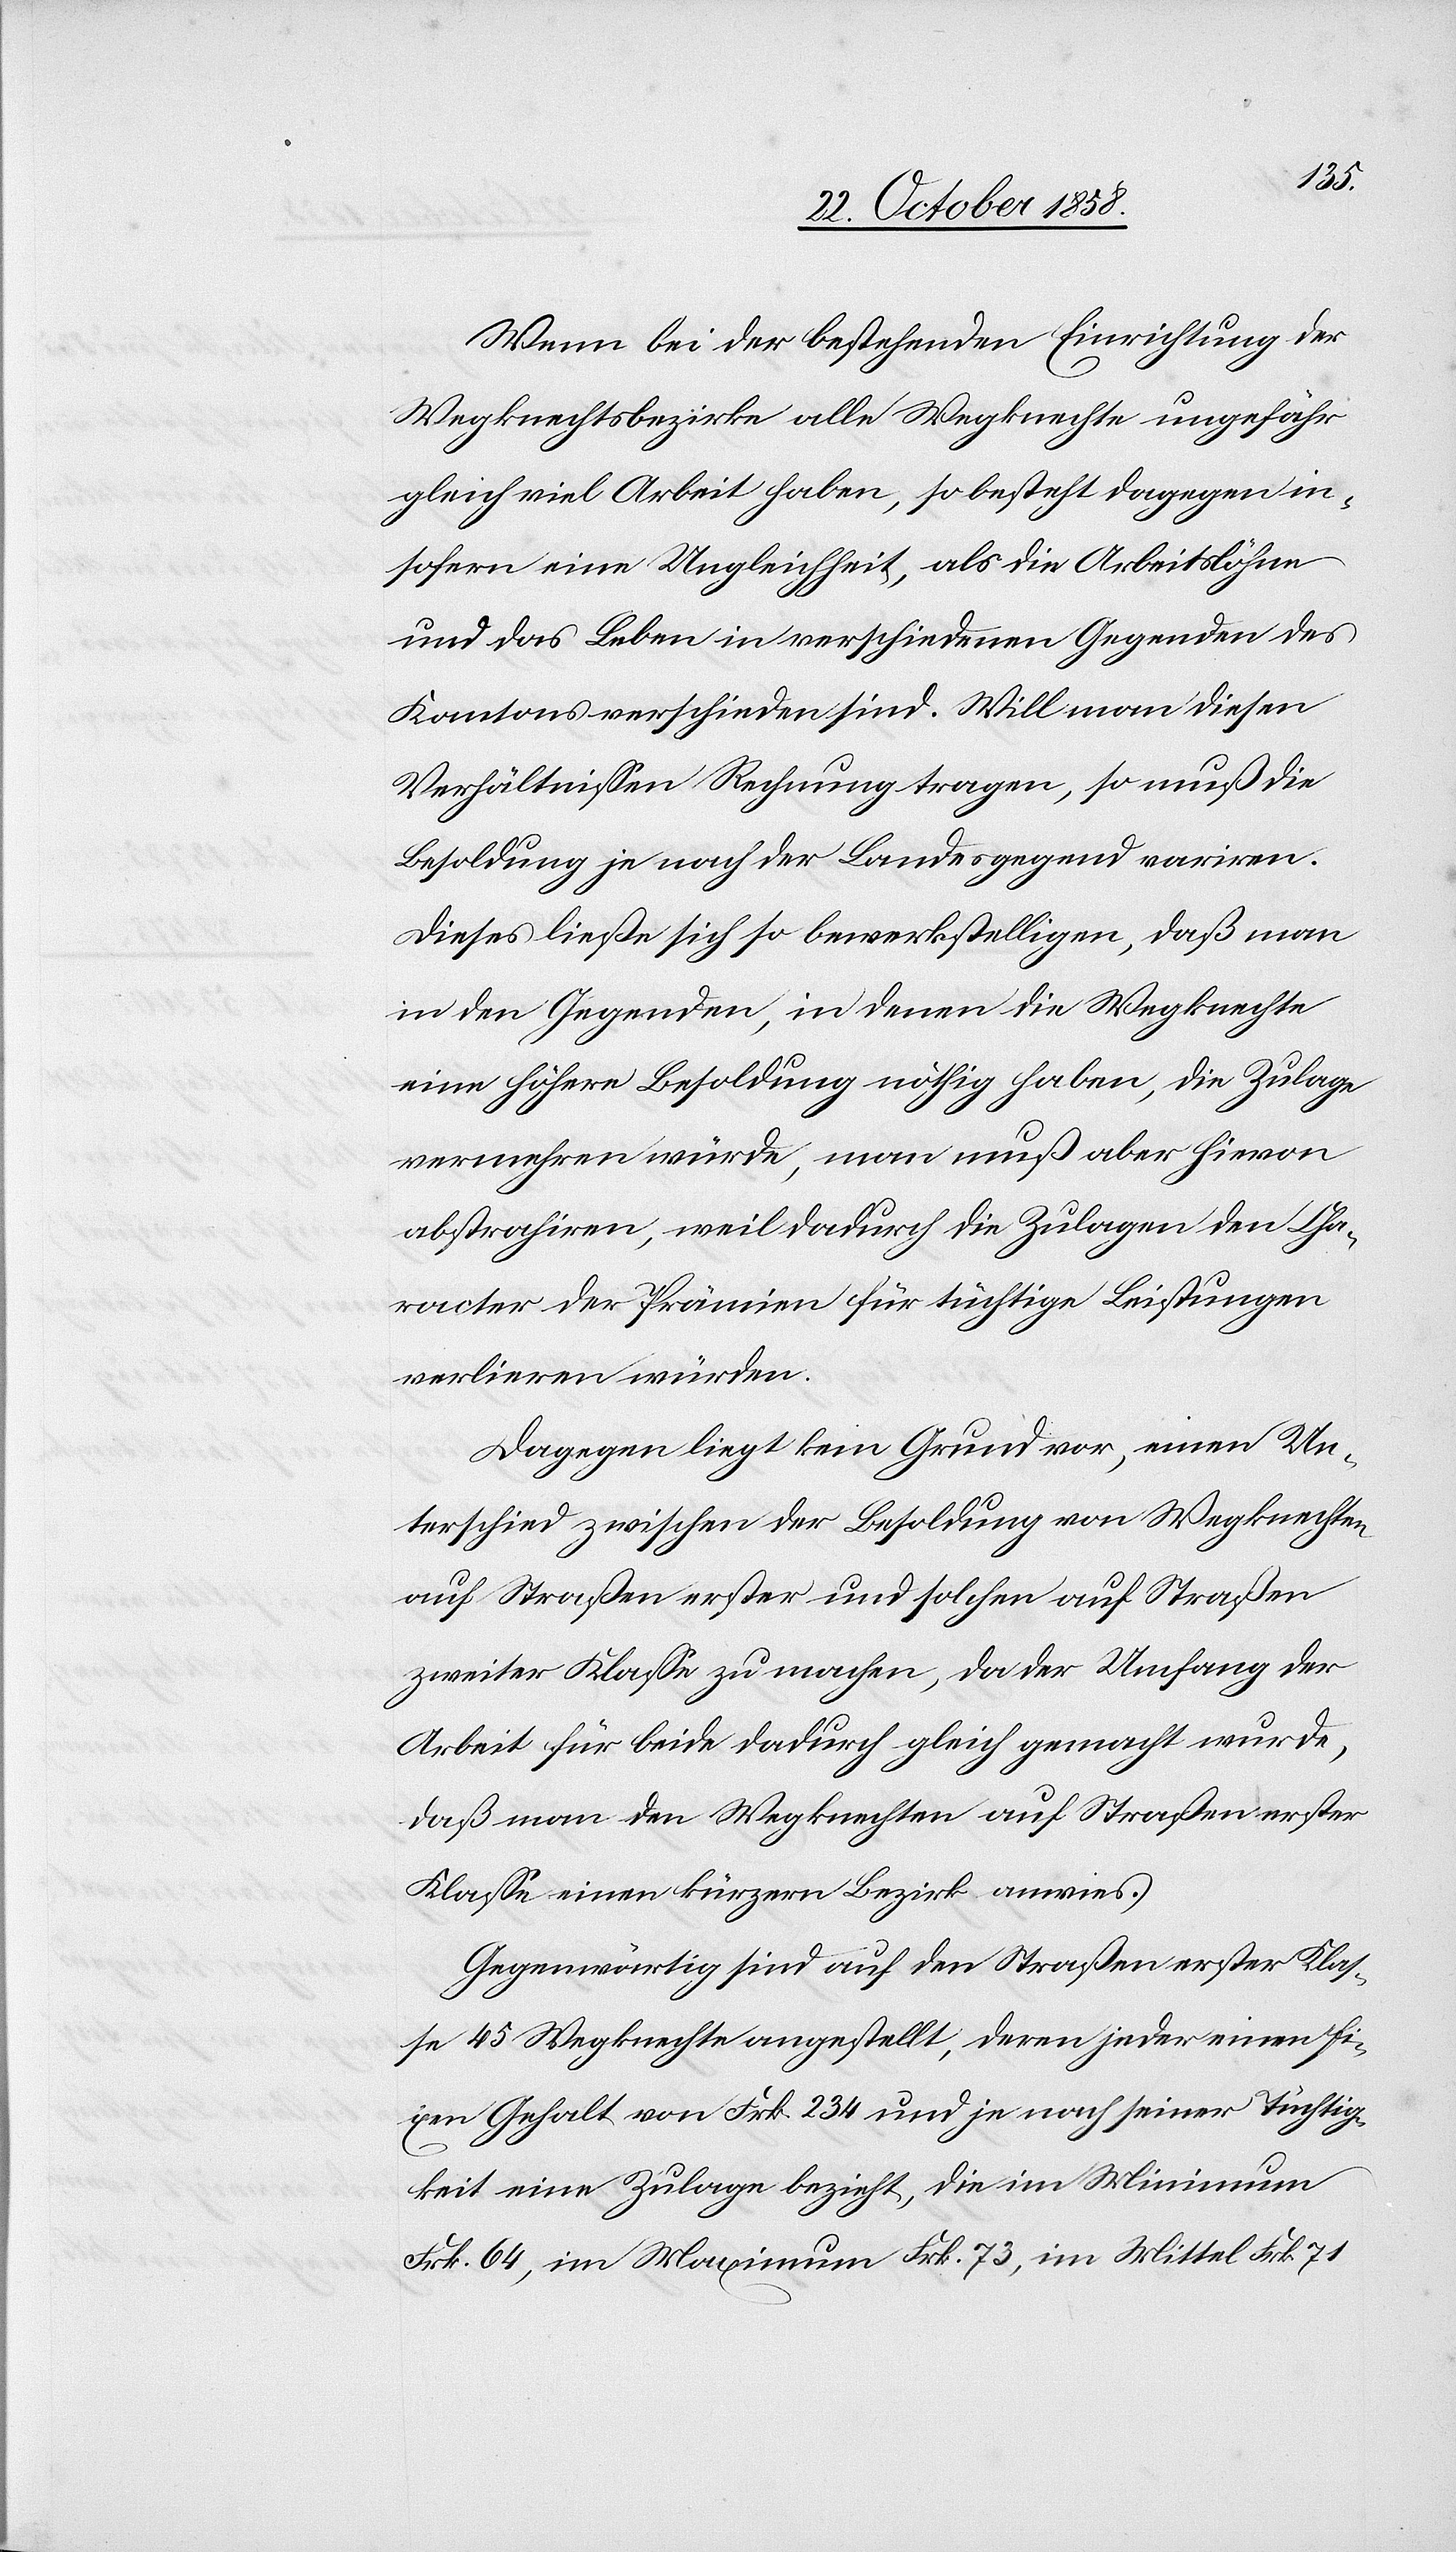
Wenn bei der bestehenden Einrichtung der
Wegknechtsbezirke alle Wegknechte ungefähr
gleich viel Arbeit haben, so besteht dagegen in¬
sofern eine Ungleichheit, als die Arbeitslöhne
und das Leben in verschiedenen Gegenden des
Kantons verschieden sind. Will man diesen
Verhältnissen Rechnung tragen, so muß die
Besoldung je nach der Landesgegend variren.
Dieses ließe sich so bewerkstelligen, daß man
in den Gegenden, in denen die Wegknechte
eine höhere Besoldung nöthig haben, die Zulage
vermehren würde, man muß aber hievon
abstrahiren, weil dadurch die Zulagen den Cha¬
racter der Prämien für tüchtige Leistungen
verlieren würden.
Dagegen liegt kein Grund vor, einen Un¬
terschied zwischen der Besoldung von Wegknechten
auf Straßen erster und solchen auf Straßen
zweiter Klasse zu machen, da der Umfang der
Arbeit für beide dadurch gleich gemacht wurde,
daß man den Wegknechten auf Straßen erster
Klasse einen kürzern Bezirk anwies.
Gegenwärtig sind auf den Straßen erster Klas¬
se 45 Wegknechte angestellt, deren jeder einen fi¬
xen Gehalt von Frk. 234 und je nach seiner Tüchtig¬
keit eine Zulage bezieht, die im Minimum
Frk. 64, im Maximum Frk. 73, im Mittel Frk. 71